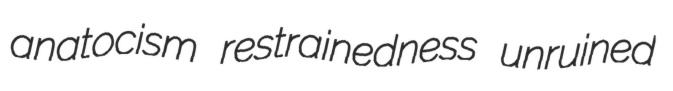
anatocism restrainedness unruined